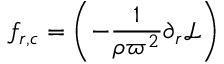
f _ { r , c } = \left( - \frac { 1 } { \rho \varpi ^ { 2 } } \partial _ { r } { \mathcal { L } } \right)